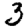
Digit: 3